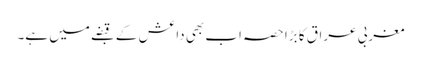
مغربی عراق کا بڑا حصہ اب بھی داعش کے قبضے میں ہے۔